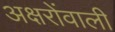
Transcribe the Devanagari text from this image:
अक्षरोंवाली